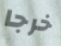
خرجا